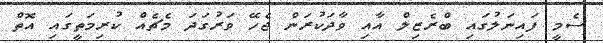
ސެމީ ފައިނަލުގައި ބްރެޒިލް އާއި ވާދަކުރަން ޖެހޭ ވަރުގަދަ މެޗެއް ކުރިމަތީގައި އޮތް